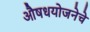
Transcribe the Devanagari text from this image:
औषधयोजनेचे